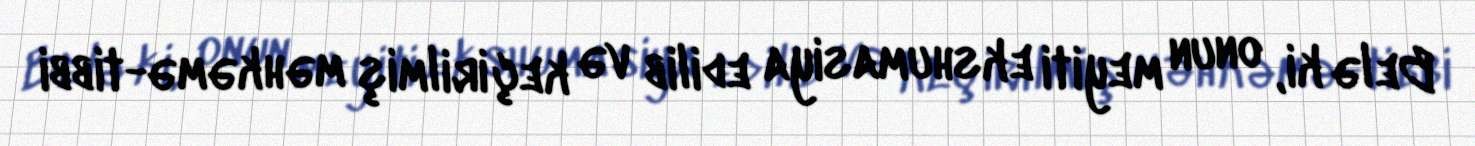
Belə ki, onun meyiti ekshumasiya edilib və keçirilmiş məhkəmə-tibbi